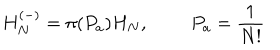
H _ { N } ^ { \left( - \right) } = \pi ( P _ { a } ) H _ { N } , \qquad ~ P _ { a } = \frac { 1 } { N ! }